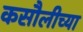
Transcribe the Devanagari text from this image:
कसौलीच्या